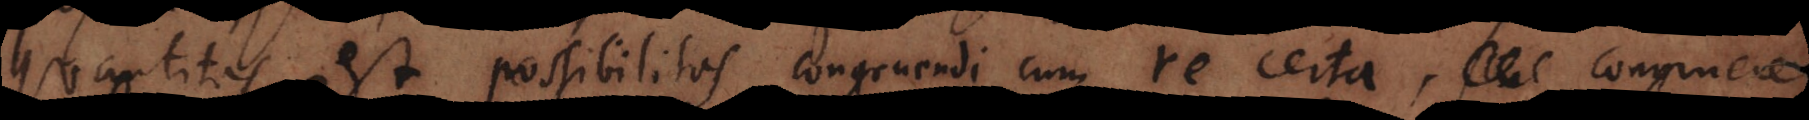
Quantitas est possibilitas congruendi cum re certa, congruere